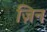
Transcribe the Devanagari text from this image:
ज़िन